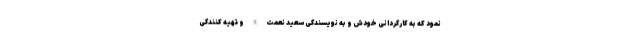
نمود که به کارگردانی خودش و به نویسندگی سعید نعمت الله و تهیه کنندگی